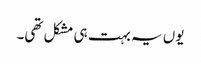
یوں یہ بہت ہی مشکل تھی۔